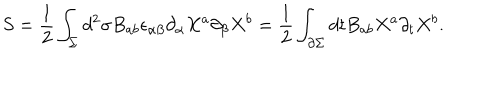
LaTeX: S = \frac { 1 } { 2 } \int _ { \Sigma } d ^ { 2 } \sigma B _ { a b } \epsilon _ { \alpha \beta } \partial _ { \alpha } X ^ { a } \partial _ { \beta } X ^ { b } = \frac { 1 } { 2 } \int _ { \partial \Sigma } d t B _ { a b } X ^ { a } \partial _ { t } X ^ { b } .